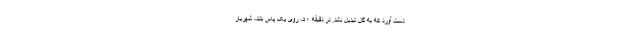
دست آورد که به گل تبدیل نشد. در دقیقه ۵۰، روی یک پاس بلند، شهریار